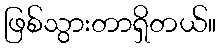
ဖြစ်သွားတာရှိတယ်။